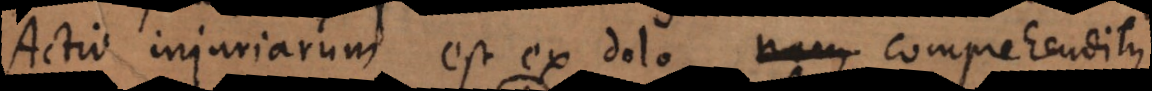
Actio injuriarum est ex dolo, comprehenditque